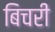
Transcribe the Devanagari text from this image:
बिचरी